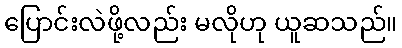
ပြောင်းလဲဖို့လည်း မလိုဟု ယူဆသည်။